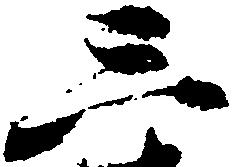
三